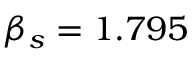
\beta _ { s } = 1 . 7 9 5